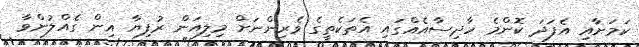
ކަމަށާއި އެފަދަ ކޮންމެ ހާދިސާއެއްގައި އެތަކެތީގެ ވެރިންނަށް މިލިއަން ރުފިޔާ އިން ގެއްލުންވާ